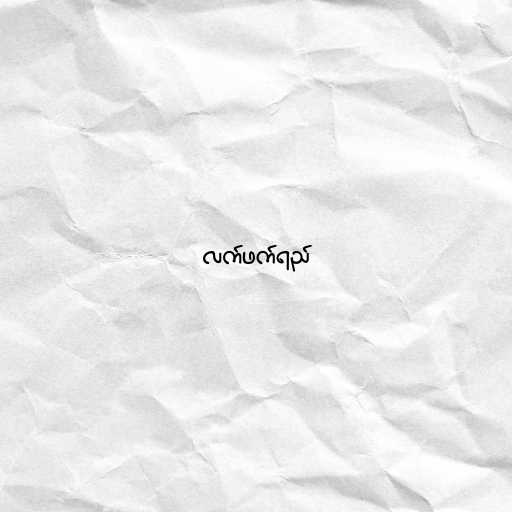
လက်ဖက်ရည်